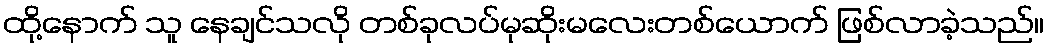
ထို့နောက် သူ နေချင်သလို တစ်ခုလပ်မုဆိုးမလေးတစ်ယောက် ဖြစ်လာခဲ့သည်။